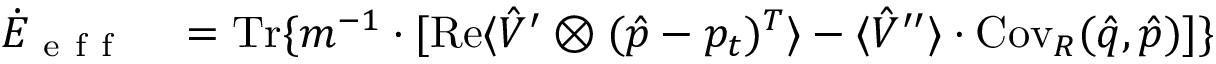
\begin{array} { r l } { \dot { E } _ { \mathrm { ~ e ~ f ~ f ~ } } } & { { } = \operatorname { T r } \{ m ^ { - 1 } \cdot \lbrack \operatorname { R e } \langle \hat { V } ^ { \prime } \otimes ( \hat { p } - p _ { t } ) ^ { T } \rangle - \langle \hat { V } ^ { \prime \prime } \rangle \cdot \operatorname { C o v } _ { R } ( \hat { q } , \hat { p } ) ] \} } \end{array}